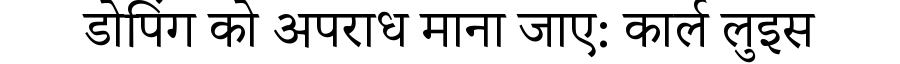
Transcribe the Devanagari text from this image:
डोपिंग को अपराध माना जाए: कार्ल लुइस